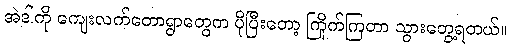
အဲဒါကို ကျေးလက်တောရွာတွေက ပိုပြီးတော့ ကြိုက်ကြတာ သွားတွေ့ရတယ်။